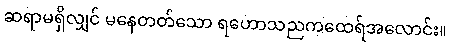
ဆရာမရှိလျှင် မနေတတ်သော ရဟောသညကထေရ်အလောင်း။